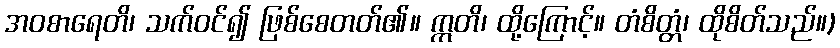
အဝစာရေတိ၊ သက်ဝင်၍ ဖြစ်စေတတ်၏။ ဣတိ၊ ထို့ကြောင့်။ တံစိတ္တံ၊ ထိုစိတ်သည်။)